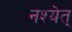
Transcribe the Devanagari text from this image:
नश्येत्